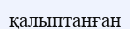
қалыптанған